Lunatic asylums Central Provinces reports 1886-1894 - 1886-1894
Year: 1886
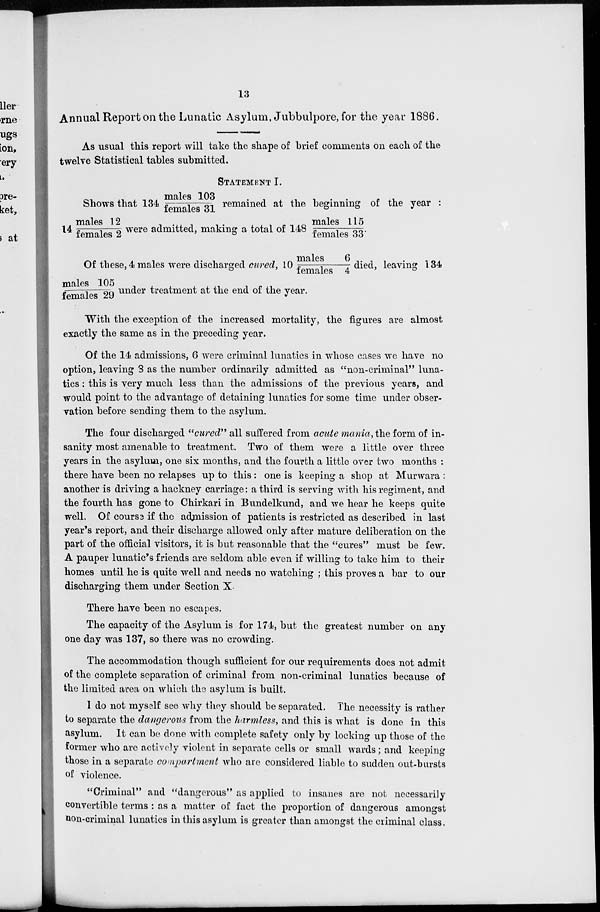
13
Annual Report on the Lunatic Asylum, Jubbulpore, for the year 1886.
As usual this report will take the shape of brief comments on each of the
twelve Statistical tables submitted.
STATEMENT I.
Shows that 134 males 103/female 31 remained at the beginning of the year :
14 males 12/female 2 were admitted, making a total of 148 males115 /females 33.
Of these, 4 males were discharged cured, 10 males 6/female 4 died, leaving 134
males 105/female 29 under treatment at the end of the year.
"With the exception of the increased mortality, the figures are almost
exactly the same as in the preceding year.
Of the 14 admissions, 6 were criminal lunatics in whose cases we have no
option, leaving 3 as the number ordinarily admitted as "non-criminal" luna-
tics : this is very much less than the admissions of the previous years, and
would point to the advantage of detaining lunatics for some time under obser-
vation before sending them to the asylum.
The four discharged "cured" all suffered from acute mania, the form of in-
sanity most amenable to treatment. Two of them were a little over three
years in the asylum, one six months, and the fourth a little over two months :
there have been no relapses up to this : one is keeping a shop at Murwara :
another is driving a hackney carriage: a third is serving with his regiment, and
the fourth has gone to Chirkari in Bundelkund, and we hear he keeps quite
well. Of course if the admission of patients is restricted as described in last
year's report, and their discharge allowed only after mature deliberation on the
part of the official visitors, it is but reasonable that the "cures" must be few.
A pauper lunatic's friends are seldom able even if willing to take him to their
homes until he is quite well and needs no watching ; this proves a bar to our
discharging them under Section X
There have been no escapes.
The capacity of the Asylum is for 174, but the greatest number on any
one day was 137, so there was no crowding.
The accommodation though sufficient for our requirements does not admit
of the complete separation of criminal from non-criminal lunatics because of
the limited area on which the asylum is built.
I do not myself see why they should be separated. The necessity is rather
to separate the dangerous from the harmless, and this is what is done in this
asylum. It can be done with complete safety only by locking up those of the
former who are actively violent in separate cells or small wards; and keeping
those in a separate compartment who are considered liable to sudden out-bursts
of violence.
"Criminal" and "dangerous" as applied to insanes are not necessarily
convertible terms : as a matter of fact the proportion of dangerous amongst
non-criminal lunatics in this asylum is greater than amongst the criminal class.